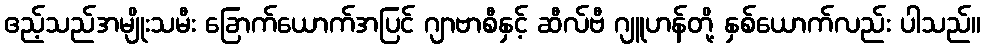
ဧည့်သည်အမျိုးသမီး ခြောက်ယောက်အပြင် ဂျာဗာစီနှင့် ဆီလ်ဗီ ဂျူဟန်တို့ နှစ်ယောက်လည်း ပါသည်။